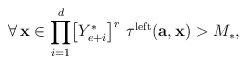
\begin{align*}\forall\,\mathbf{x}\in\displaystyle{\prod_{i=1}^{d}}\big{[}Y_{e+i}^{*}\big{]}^{r}\,\,\tau^{\mathrm{left}}(\mathbf{a},\mathbf{x})>M_{*},\end{align*}